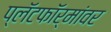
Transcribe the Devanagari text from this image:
प्लॅटफॉर्मांवर